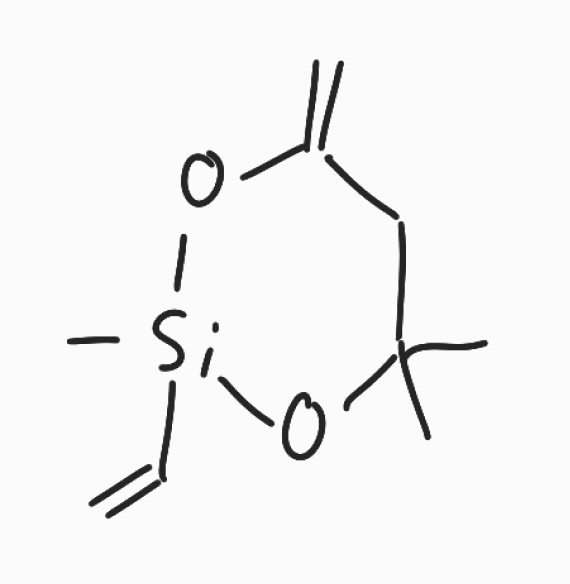
Simplified molecular-input line-entry system (SMILES) notation of the given molecule:
CC1(CC(=C)O[Si](O1)(C)C=C)C